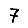
Digit: 7